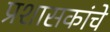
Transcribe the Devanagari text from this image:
प्रशासकांचे